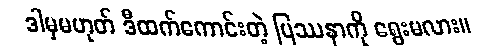
ဒါမှမဟုတ် ဒီထက်ကောင်းတဲ့ ပြဿနာကို ရွေးမလား။